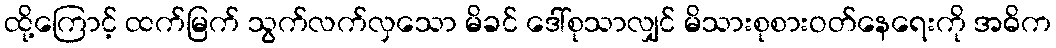
ထို့ကြောင့် ထက်မြက် သွက်လက်လှသော မိခင် ဒေါ်စုသာလျှင် မိသားစုစားဝတ်နေရေးကို အဓိက